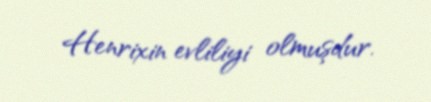
Henrixin evliliyi olmuşdur.